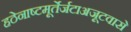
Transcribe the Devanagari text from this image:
हठेनाष्टमूर्तेर्जटाअजूटवासे